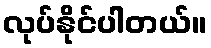
လုပ်နိုင်ပါတယ်။